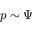
p \sim \Psi